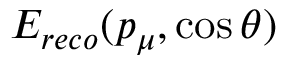
E _ { r e c o } ( p _ { \mu } , \cos \theta )